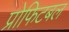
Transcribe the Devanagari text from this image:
प्रोफिटबल